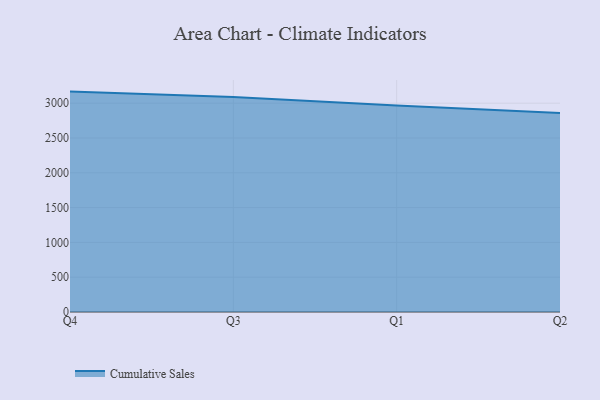
{"axis": {"x": "Quarter", "y": "Gross Profit (USD K)"}, "legend": ["Cumulative Sales"], "data": [{"x": "Q4", "y": 3166.7, "type": "Cumulative Sales"}, {"x": "Q3", "y": 3089.8, "type": "Cumulative Sales"}, {"x": "Q1", "y": 2966.5, "type": "Cumulative Sales"}, {"x": "Q2", "y": 2860.7, "type": "Cumulative Sales"}]}